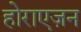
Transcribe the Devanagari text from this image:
होराएज़न